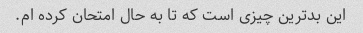
این بدترین چیزی است که تا به حال امتحان کرده ام.